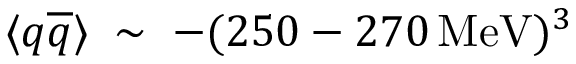
\langle q { \overline { { q } } } \rangle \; \sim \; - ( 2 5 0 - 2 7 0 \, \mathrm { M e V } ) ^ { 3 }